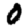
Digit: 0